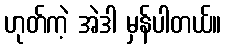
ဟုတ်ကဲ့ အဲဒါ မှန်ပါတယ်။